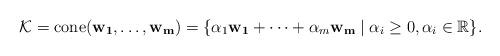
LaTeX: \begin{align*}\mathcal{K} =\mathrm{cone}(\mathbf{w_1}, \dots, \mathbf{w_m}) = \{ \alpha_1 \mathbf{w_1} + \dots + \alpha_m \mathbf{w_m} \mid \alpha_i \geq 0, \alpha_i \in \mathbb{R} \}.\end{align*}